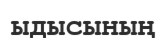
ыдысының